Annual vaccination report of Bihar and Orissa - 1911-1928
Year: 1911
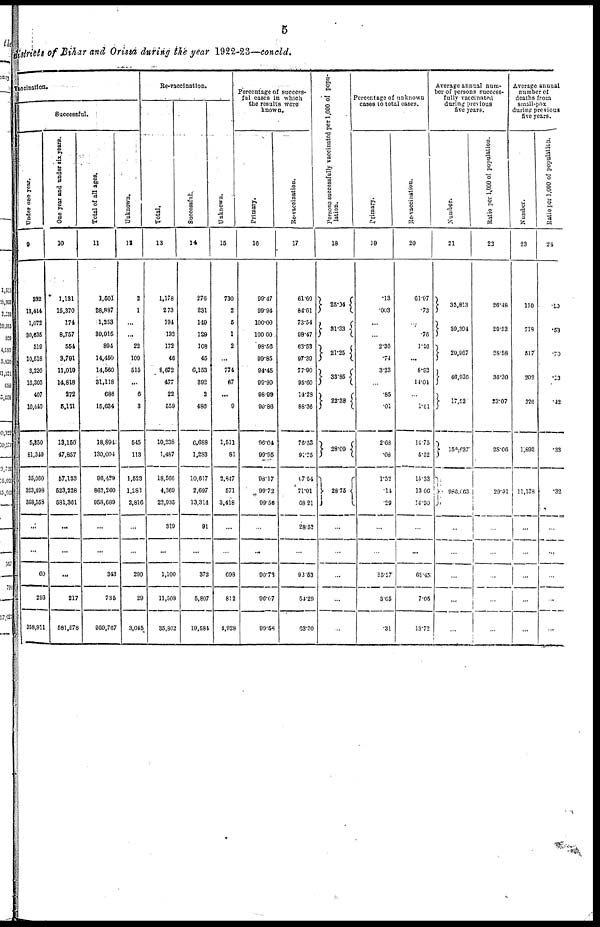
5
districts of Bihar and Orissa during the year 1922-23—concld.
Vaccination.
Successful.
Under one year.
9
332
13,444
1,072
30,635
319
10,518
3,220
16,303
407
10,440
5,850
81,340
35,060
323,498
358,558
...
...
60
293
358,911
One year and under six Years.
10
1,131
15,370
174
8,757
554
3,791
11,019
14,818
272
5,121
13,150
47,857
57,133
523,228
581,361
...
...
...
217
581,578
Total of all ages.
11
1,501
28,887
1,253
39,915
894
14,450
14,560
31,118
686
15,634
18,894
130,004
96.429
862,260
958,689
...
...
343
735
959,767
Unknown.
12
2
1
...
...
22
109
515
...
6
3
545
113
1,523
1,283
2,816
...
...
200
29
3,045
Re-vaccination.
Total.
13
1,178
273
194
132
172
46
8,672
477
22
559
10,238
1,487
18,566
4,360
22,935
319
...
1,100
11,508
35,862
Successful.
14
276
231
149
129
108
45
6,153
392
2
480
6,688
1,283
10,617
2,697
13,314
91
...
372
5,807
19,584
Unknown.
15
730
2
5
1
2
...
774
67
...
9
1,511
81
3,847
571
3,418
...
...
698
812
4,928
Percentage of success-
ful cases in which
the results were
known.
Primary.
16
99.47
99.94
100.00
100.00
98.56
99.85
94.45
99.99
98.99
99.86
96.04
99.95
98.17
99.72
99.56
...
...
90.76
96.07
99.56
Re-vaccination.
17
61.60
84.61
73.54
98.47
63.52
97.39
77.90
95.60
14.28
88.36
76.63
91.25
67.54
71.01
68.21
28.52
...
92.53
54.29
63.30
Persons successfully vaccinated per 1,000 of popu-
lation.
18
25.04
31.33
21.25
33.85
22.38
28.09
28.75
...
...
...
...
...
Percentage of unknown
cases to total cases.
Primary.
19
.13
.003
...
...
2.36
.74
3.23
...
.85
.01
2.68
.08
1.52
.14
.29
...
...
35.27
3.65
.31
Re-vaccination.
20
61.97
.73
...
.76
1.16
...
8.92
14.04
...
1.61
14.75
5.52
15.33
13.06
14.90
...
...
69.45
7.05
13.72
Average annual num-
ber of persons success-
fully vaccinated
during previous
five years.
Number.
21
35,813
39,394
20,967
46,936
17,52
158,637
986,063
...
...
...
...
...
Ratio per 1,000 of population.
22
26.48
29.52
28.58
30.30
23.07
28.06
29.01
...
...
...
...
...
Average annual
number of
deaths from
small-pox
during previous
five years.
Number.
23
130
718
517
202
326
1,893
11,138
...
...
...
...
...
Ratio per 1,000 of population.
24
.10
.53
.70
.13
.42
.33
.32
...
...
...
...
...